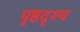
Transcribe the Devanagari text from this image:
पृष्ठदृश्य